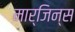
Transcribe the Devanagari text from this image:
मार्जिन्स